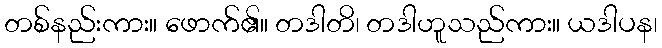
တစ်နည်းကား။ ဖောက်၏။ တဒါတိ၊ တဒါဟူသည်ကား။ ယဒါပန၊